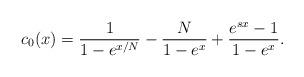
LaTeX: \begin{align*} c_{0}(x) = \frac{1}{1-e^{x/N}} - \frac{N}{1-e^{x}} + \frac{e^{sx}-1}{1-e^{x}} .\end{align*}